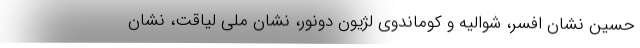
حسین نشان افسر، شوالیه و کوماندوی لژیون دونور، نشان ملی لیاقت، نشان